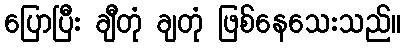
ပြောပြီး ချီတုံ ချတုံ ဖြစ်နေသေးသည်။